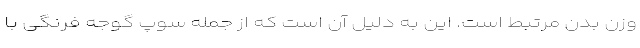
وزن بدن مرتبط است. این به دلیل آن است که از جمله سوپ گوجه فرنگی با